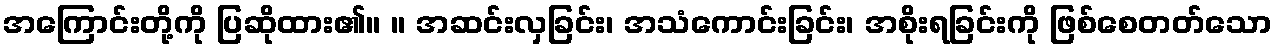
အကြောင်းတို့ကို ပြဆိုထား၏။ ။ အဆင်းလှခြင်း၊ အသံကောင်းခြင်း၊ အစိုးရခြင်းကို ဖြစ်စေတတ်သော